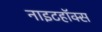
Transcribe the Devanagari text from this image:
नाइटहॉक्स